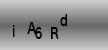
Text: iA6Rd